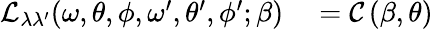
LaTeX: \begin{array}{rl}{\mathcal{L}_{\lambda\lambda^{\prime}}(\omega,\theta,\phi,\omega^{\prime},\theta^{\prime},\phi^{\prime};\beta)}&{{}=\mathcal{C}\left(\beta,\theta\right)}\end{array}